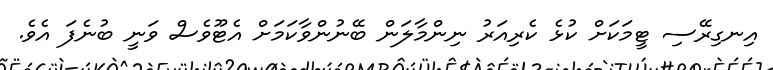
އިނގިރޭސި ޓީމަކަށް ކުޅެ ކެރިއަރު ނިންމާލަން ބޭނުންވާކަމަށް އެޓޫވެސް ވަނީ ބުނެފަ އެވެ.